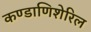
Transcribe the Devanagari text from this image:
कण्डाणिशेरिल